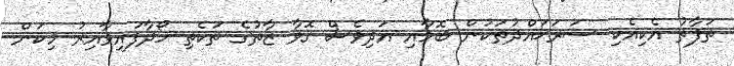
ތަފާތު އެކިއެކި ސަރަޙައްދުތަކުން ބޮމާއި އަދިވެސް ގޮވާ ޒާތުގެ ތަކެތި ހޯދާފައިވާއިރު މިކަން